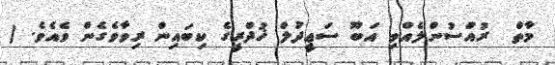
މާތް  ރުއްސުންލެއްވި އަބޫ ސަޢީދުލް ޚުދްރީގެ ކިބައިން ރިވާވެގެން ވެއެވެ. (